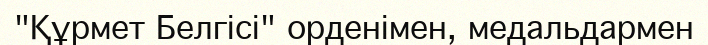
"Құрмет Белгісі" орденімен, медальдармен